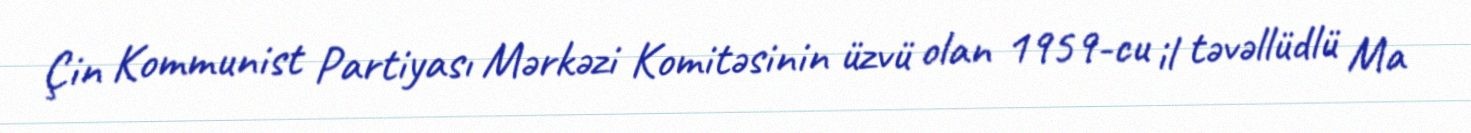
Çin Kommunist Partiyası Mərkəzi Komitəsinin üzvü olan 1959-cu il təvəllüdlü Ma